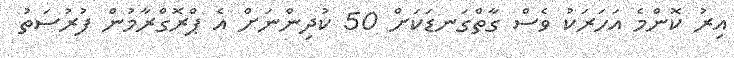
އިރު ކޮންމެ އަހަރަކު ވެސް ގާތްގަނޑަކަށް 50 ކުދިންނަށް އެ ޕްރޮގްރާމުން ފުރުސަތު